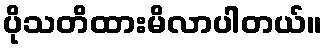
ပိုသတိထားမိလာပါတယ်။